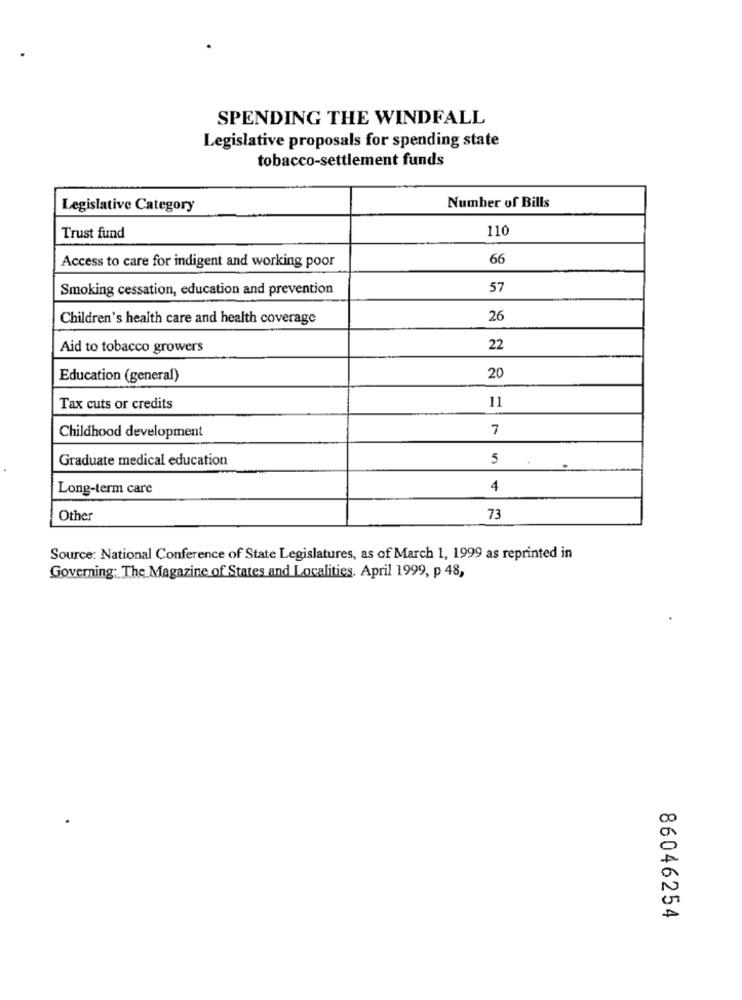
SPENDING THE WINDFALL
Legislative proposals for spending state
tobacco-settlement funds
Number of Bills
Legislative Category
110
Trust fund
Access to care for indigent and working poor
66
Smoking cessation, education and prevention
57
Children's health care and health coverage
26
Aid to tobacco growers
22
Education (general)
20
11
Tax cuts or credits
Childhood development
7
Graduate medical education
5
Long-term care
4
Other
73
Source: National Conference of State Legislatures, as of March 1, 1999 as reprinted in
Governing: The Magazine of States and Localities. April 1999, p 48,
86046254